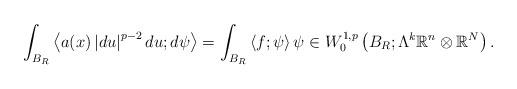
LaTeX: \begin{align*}\int_{B_{R}} \left\langle a(x) \left\lvert du \right\rvert^{p-2} du; d\psi \right\rangle = \int_{B_{R}} \left\langle f; \psi \right\rangle \psi \in W_{0}^{1,p}\left( B_{R} ; \Lambda^{k}\mathbb{R}^{n}\otimes \mathbb{R}^{N}\right).\end{align*}